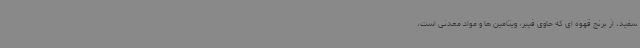
سفید، از برنج قهوه ای که حاوی فیبر، ویتامین ها و مواد معدنی است،